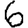
Digit: 6